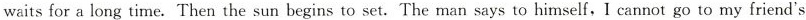
waits for a long time. Then the sun begins to set. The man says to himself, I cannot go to my friend's